Juri_Uluots, lk 51
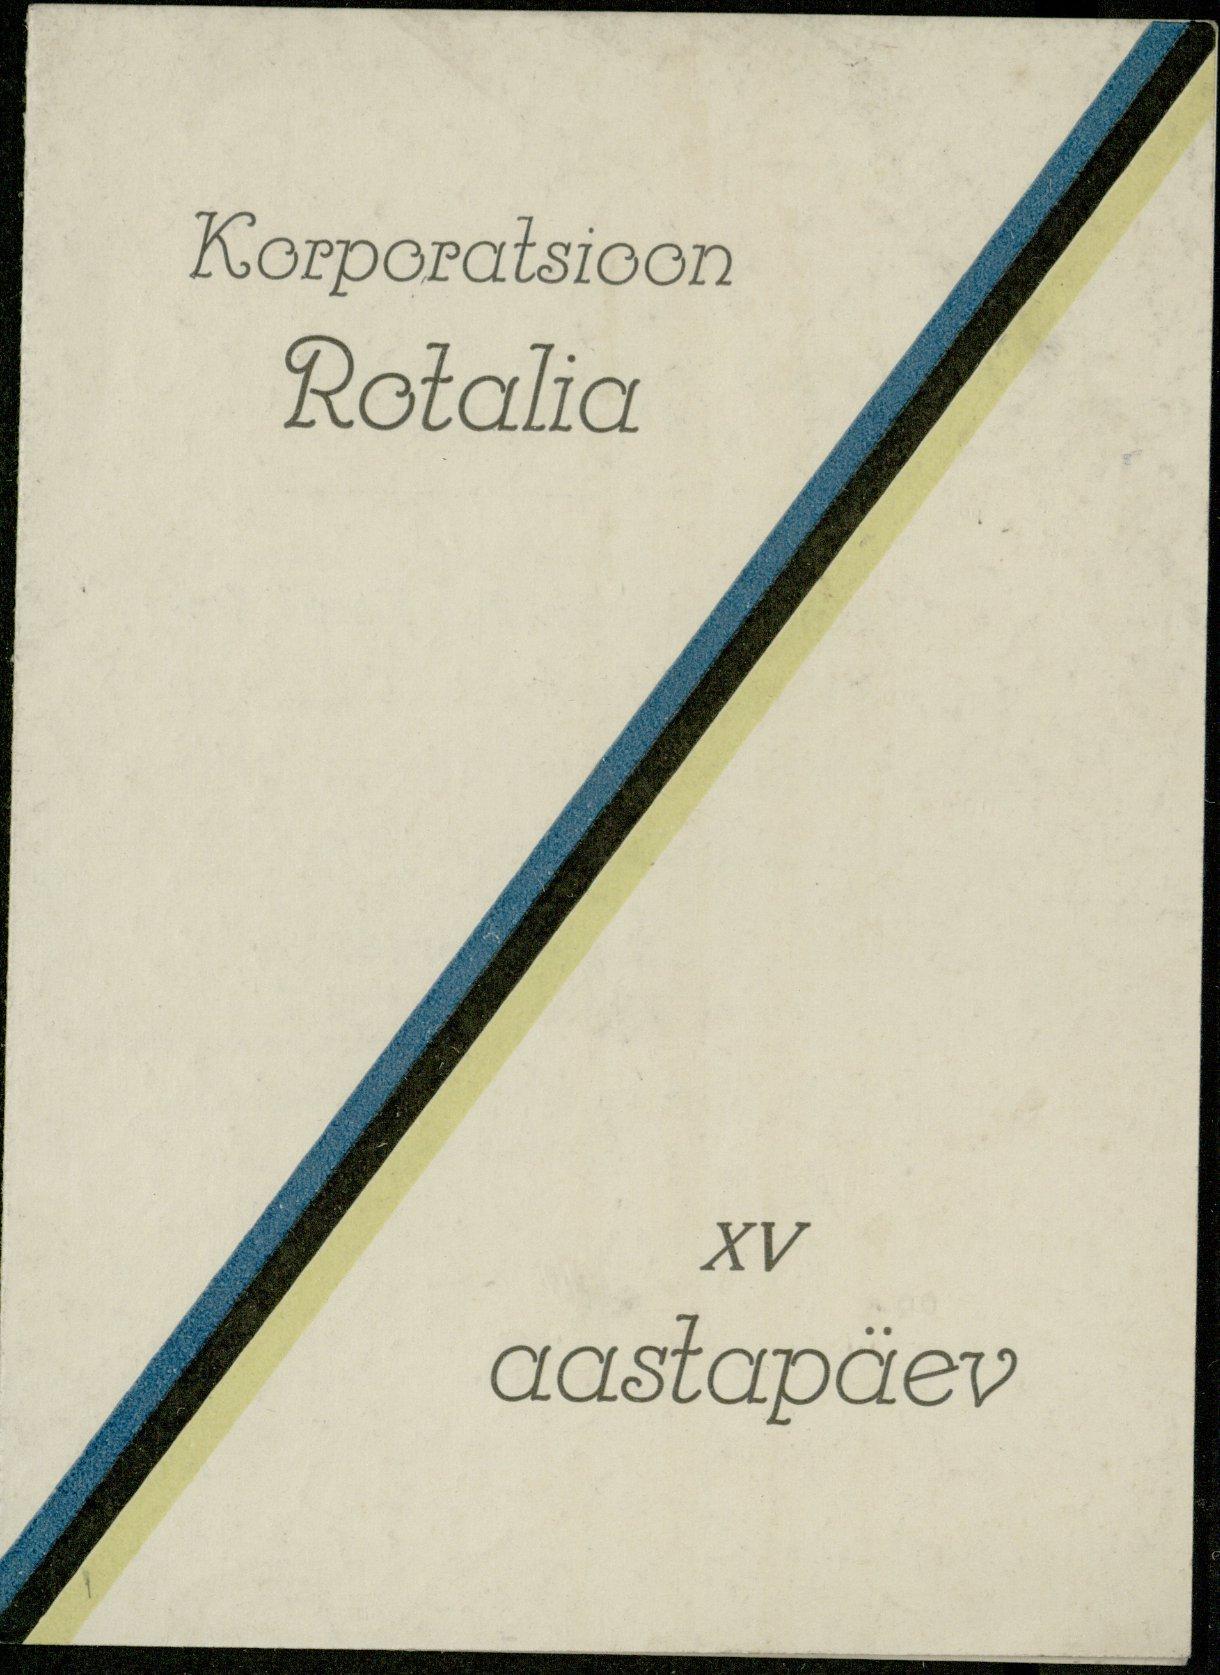
Korporatsioon
Rotalia
XV
aastapäev